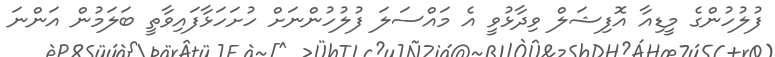
ފުލުހުންގެ މީޑިއާ އޮފިޝަލް ވިދާޅުވީ އެ މައްސަލަ ފުލުހުންނަށް ހުށަހަޅާފައިވާތީ ބަލަމުން އަންނަ